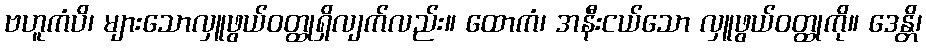
ဗဟူကံပိ၊ များသောလှူဖွယ်ဝတ္ထုရှိလျက်လည်း။ ထောကံ၊ အနီးငယ်သော လှူဖွယ်ဝတ္ထုကို။ ဒေန္တိ၊